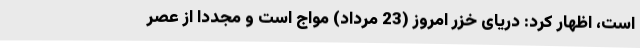
است، اظهار کرد: دریای خزر امروز (23 مرداد) مواج است و مجددا از عصر